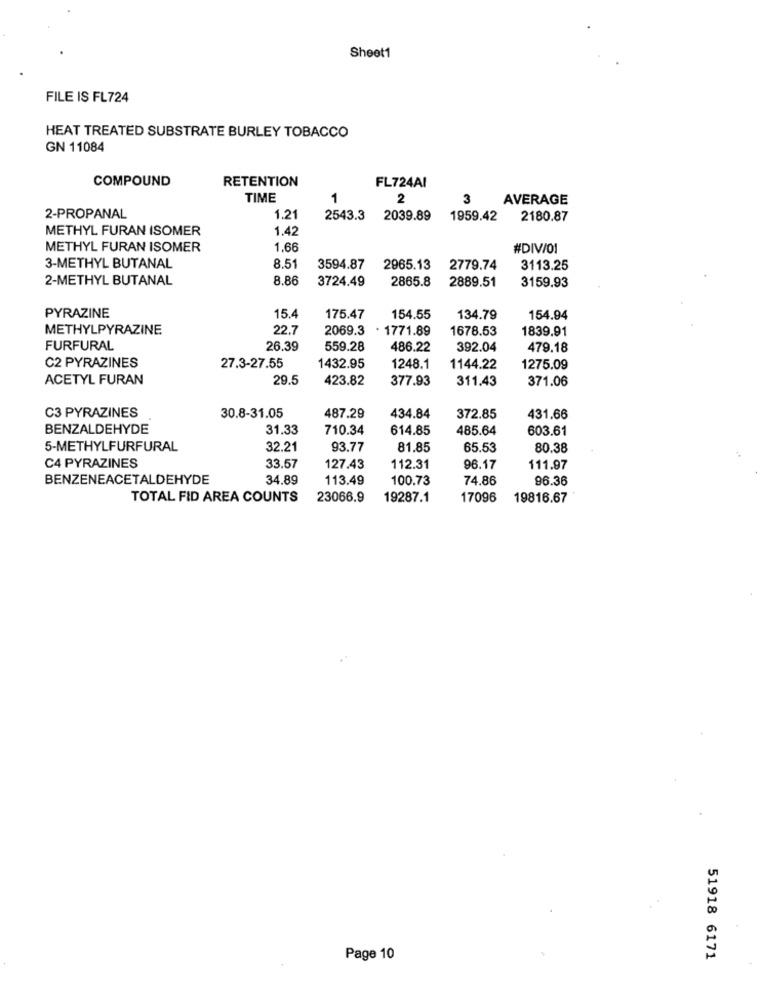
Sheet1
FILE IS FL724
HEAT TREATED SUBSTRATE BURLEY TOBACCO
GN 11084
COMPOUND
RETENTION
FL724AI
TIME
1
2
3
AVERAGE
2-PROPANAL
1.21
2543.3
2039.89
1959.42
2180.87
METHYL FURAN ISOMER
1.42
METHYL FURAN ISOMER
1.66
#DIV/01
3-METHYL BUTANAL
8.51
3594.87
2965.13
2779.74
3113.25
2-METHYL BUTANAL
8.86
3724.49
2865.8
2889.51
3159.93
PYRAZINE
15.4
175.47
154.55
134.79
154.94
METHYLPYRAZINE
22.7
2069.3
. 1771.89
1678.53
1839.91
FURFURAL
26.39
559.28
486.22
392.04
479.18
C2 PYRAZINES
27.3-27.55
1432.95
1248.1
1144.22
1275.09
ACETYL FURAN
29.5
423.82
377.93
311.43
371.06
C3 PYRAZINES
30.8-31.05
487.29
434.84
372.85
431.66
BENZALDEHYDE
31.33
710.34
614.85
485.64
603.61
5-METHYLFURFURAL
32.21
93.77
81.85
65.53
80.38
C4 PYRAZINES
33.57
127.43
112.31
96.17
111.97
BENZENEACETALDEHYDE
34.89
113.49
100.73
74.86
96.36
TOTAL FID AREA COUNTS
23066.9
19287.1
17096
19816.67
Page 10
51918 6171